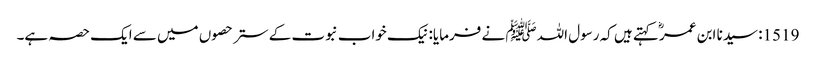
1519: سیدنا ابن عمرؓ کہتے ہیں کہ رسول اللہﷺ نے فرمایا: نیک خواب نبوت کے ستر حصوں میں سے ایک حصہ ہے۔